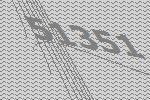
51351